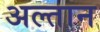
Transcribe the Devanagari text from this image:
अल्तान